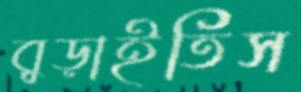
বুড়াইতিস